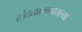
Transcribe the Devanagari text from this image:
तांदळारूपातल्या